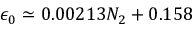
\epsilon _ { 0 } \simeq 0 . 0 0 2 1 3 N _ { 2 } + 0 . 1 5 8